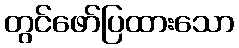
တွင်ဖော်ပြထားသော